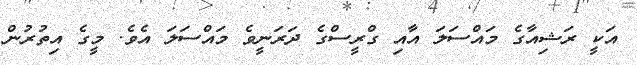
އަކީ ރަޝިއާގެ މައްސަލަ އާއި ގްރީސްގެ ދަރަނީވެ މައްސަަލަ އެވެ. މީގެ އިތުރުން